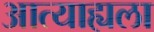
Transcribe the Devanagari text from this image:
आत्याह्यला